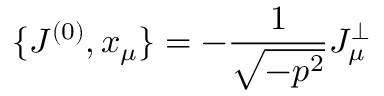
\{ J ^ { ( 0 ) } , x _ { \mu } \} = - \frac { 1 } { \sqrt { - p ^ { 2 } } } J _ { \mu } ^ { \bot }